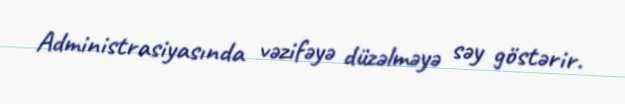
Administrasiyasında vəzifəyə düzəlməyə səy göstərir.